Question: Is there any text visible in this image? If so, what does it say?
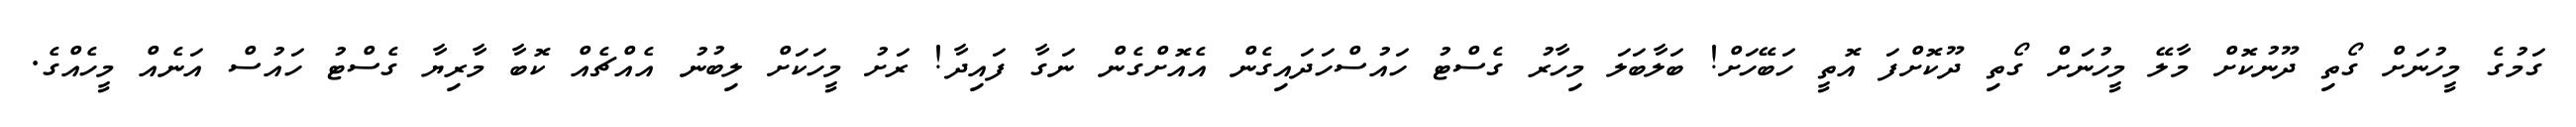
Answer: ގަމުގެ މީހުނަށް ގޯތި ދޫނުކޮށް މާލޭ މީހުނަށް ގޯތި ދޫކޮށްފަ އޮތީ ހަބޭހަށް! ބަލާބަލަ މިހާރު ގެސްޓު ހައުސްހަދައިގެން އެއޮށްގެން ނަގާ ފައިދާ! ރަށު މީހަކަށް ލިބުނު އެއްޗެއް ކޮބާ މާރިޔާ ގެސްޓު ހައުސް އަނެއް މީހެއްގެ.